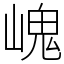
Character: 㟴